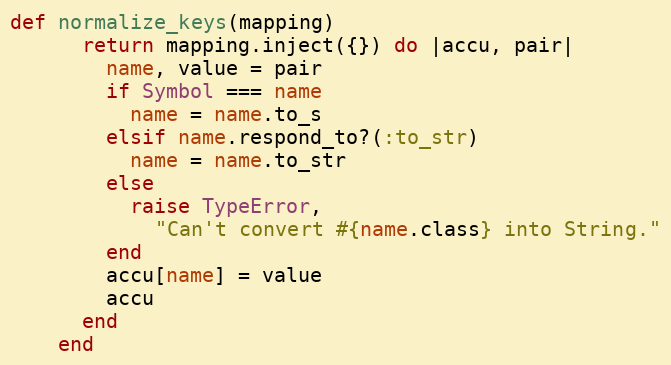
Language: Ruby
def normalize_keys(mapping)
      return mapping.inject({}) do |accu, pair|
        name, value = pair
        if Symbol === name
          name = name.to_s
        elsif name.respond_to?(:to_str)
          name = name.to_str
        else
          raise TypeError,
            "Can't convert #{name.class} into String."
        end
        accu[name] = value
        accu
      end
    end